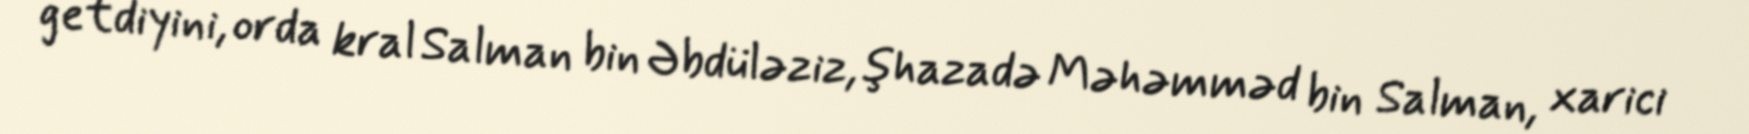
getdiyini, orda kral Salman bin Əbdüləziz, şhazadə Məhəmməd bin Salman, xarici